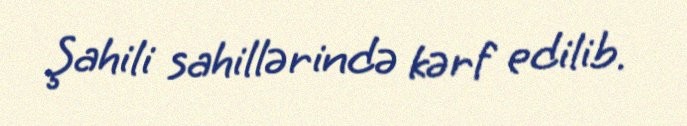
Şahili sahillərində kərf edilib.